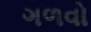
ગળવો